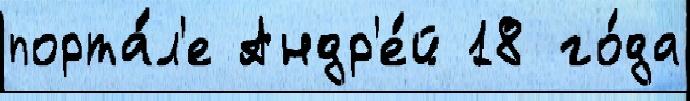
порта́л'е Андр'е́й 18 го́да